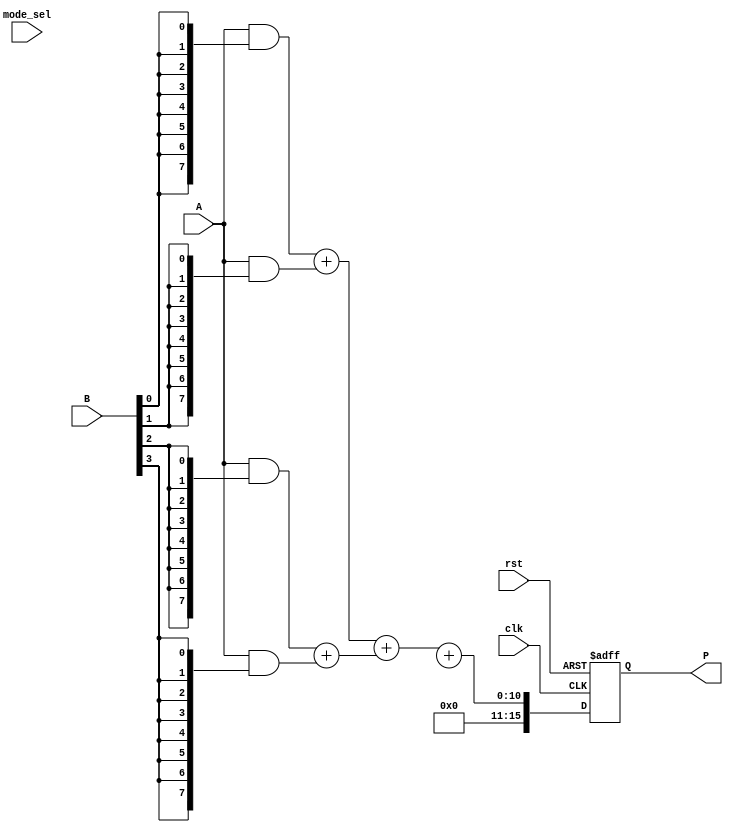
module dual_mode_wallace_tree_multiplier #(
    parameter N = 8 // Parameter for bit-width (can be changed for 8-bit, 16-bit, 32-bit, etc.)
)(
    input wire clk,
    input wire rst,
    input wire mode_sel, // 0 for low-power mode, 1 for high-speed mode
    input wire [N-1:0] A,
    input wire [N-1:0] B,
    output reg [2*N-1:0] P
);

    // Internal signals for partial products
    wire [N-1:0] pp [0:N-1]; // Partial products
    wire [2*N-1:0] sum [0:N-1]; // Sums for Wallace tree
    wire [N:0] carry; // Carry for the final addition

    // Generate partial products
    genvar i, j;
    generate
        for (i = 0; i < N; i = i + 1) begin : partial_product_gen
            assign pp[i] = A & {N{B[i]}}; // AND gate for partial product
        end
    endgenerate

    // Wallace Tree Reduction
    // Stage 1: Summing the partial products
    wire [N:0] stage1_sum [0:N/2-1]; // Stage 1 sums
    wire [N:0] stage1_carry [0:N/2-1]; // Stage 1 carries

    generate
        for (i = 0; i < N/2; i = i + 1) begin : stage1
            if (i < N-1) begin
                assign {stage1_carry[i], stage1_sum[i]} = pp[2*i] + pp[2*i + 1]; // Add pairs
            end
        end
    endgenerate

    // Further stages of reduction
    // This example only shows one stage for simplicity; additional stages would be needed
    // to fully implement the Wallace tree structure.

    // Final Addition
    always @(posedge clk or posedge rst) begin
        if (rst) begin
            P <= 0;
        end else begin
            // Select adder based on mode
            if (mode_sel) begin
                // High-Speed Mode: Use faster adders (e.g., carry-lookahead)
                // Example: Using a simple adder for demonstration
                P <= stage1_sum[0] + stage1_sum[1] + carry; // Final addition in high-speed mode
            end else begin
                // Low-Power Mode: Use slower adders (e.g., ripple-carry)
                // Example: Using a simple adder for demonstration
                P <= stage1_sum[0] + stage1_sum[1] + carry; // Final addition in low-power mode
            end
        end
    end

endmodule